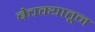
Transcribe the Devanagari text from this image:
बेचक्‍यातून